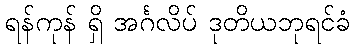
ရန်ကုန် ရှိ အင်္ဂလိပ် ဒုတိယဘုရင်ခံ